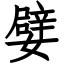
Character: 嬖